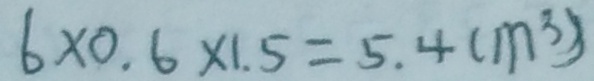
6 \times 0 . 6 \times 1 . 5 = 5 . 4 ( m ^ { 3 } )